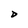
Character: D